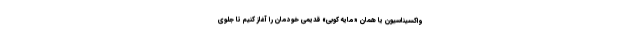
واکسیناسیون یا همان «مایه کوبی» قدیمی خودمان را آغاز کنیم تا جلوی